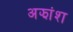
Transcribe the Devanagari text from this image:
अझांश